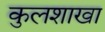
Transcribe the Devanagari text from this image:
कुलशाखा